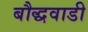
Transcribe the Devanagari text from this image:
बौद्धवाडी